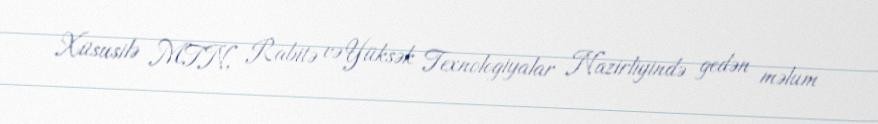
Xüsusilə MTN, Rabitə və Yüksək Texnologiyalar Nazirliyində gedən məlum